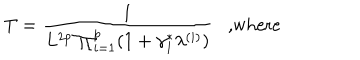
T = \frac { 1 } { L ^ { 2 p } \prod _ { i = 1 } ^ { p } ( 1 + \gamma _ { 1 } ^ { \ast } \lambda ^ { ( i ) } ) } \; \; \mathrm { ~ , w h e r e }